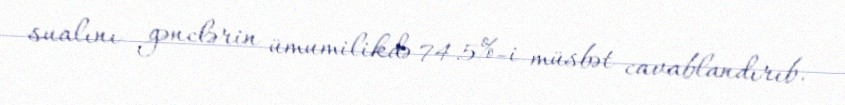
sualını gənclərin ümumilikdə 74.5%-i müsbət cavablandırıb.